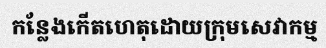
កន្លែងកើតហេតុដោយក្រុមសេវាកម្ម